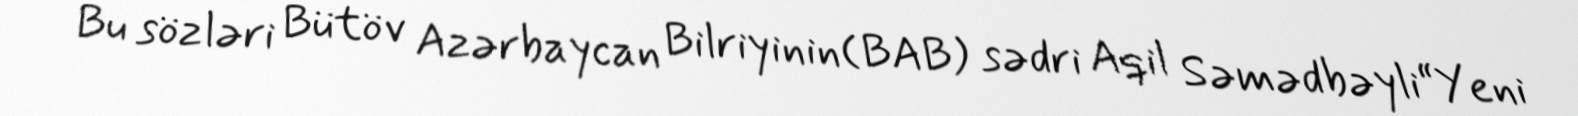
Bu sözləri Bütöv Azərbaycan Bilriyinin(BAB) sədri Aqil Səmədbəyli“Yeni